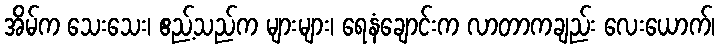
အိမ်က သေးသေး၊ ဧည့်သည်က များများ၊ ရေနံချောင်းက လာတာကချည်း လေးယောက်၊